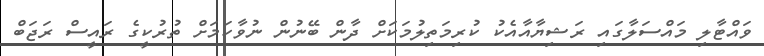
ވައްޓާލި މައްސަލާގައި ރަޝިޔާއާއެކު ކުރިމަތިލުމަކަށް ދާން ބޭނުން ނުވާކަމަށް ތުރުކީގެ ރައީސް ރަޖަބް